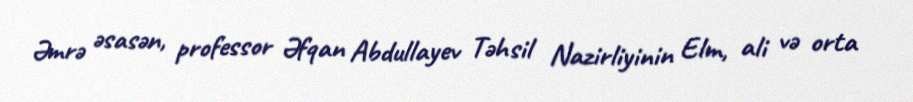
Əmrə əsasən, professor Əfqan Abdullayev Təhsil Nazirliyinin Elm, ali və orta